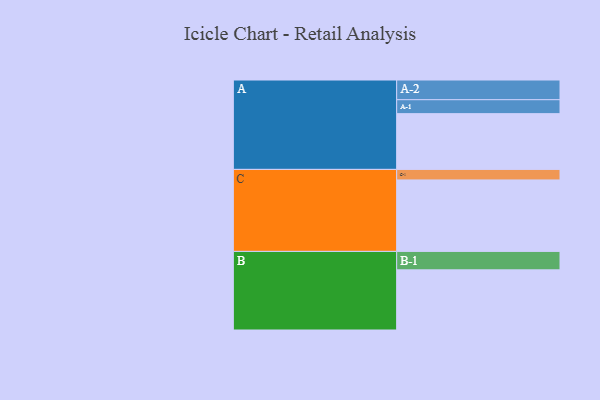
{"axis": {"x": "Segment", "y": "Value"}, "legend": ["", "A", "B", "C"], "data": [{"x": "A", "y": 444, "type": ""}, {"x": "B", "y": 479, "type": ""}, {"x": "C", "y": 569, "type": ""}, {"x": "A-1", "y": 111, "type": "A"}, {"x": "A-2", "y": 157, "type": "A"}, {"x": "B-1", "y": 147, "type": "B"}, {"x": "C-1", "y": 84, "type": "C"}]}